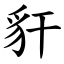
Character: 豻